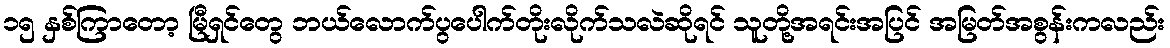
၁၅ နှစ်ကြာတော့ မြီရှင်တွေ ဘယ်လောက်ပွပေါက်တိုးလိုက်သလဲဆိုရင် သူတို့အရင်းအပြင် အမြတ်အစွန်းကလည်း